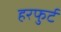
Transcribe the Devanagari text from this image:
हरफुर्ट